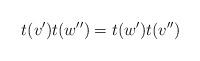
LaTeX: \begin{align*}t(v')t(w'')=t(w')t(v'')\end{align*}